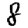
Digit: 8